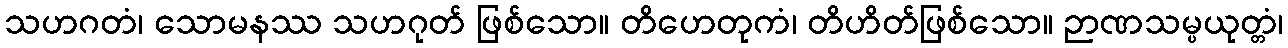
သဟဂတံ၊ သောမနဿ သဟဂုတ် ဖြစ်သော။ တိဟေတုကံ၊ တိဟိတ်ဖြစ်သော။ ဉာဏသမ္ပယုတ္တံ၊